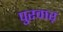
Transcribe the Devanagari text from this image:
पुरवार्